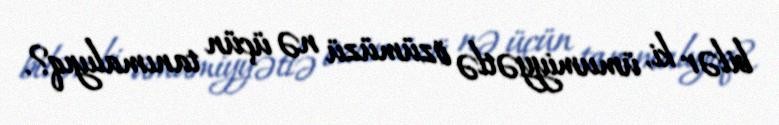
bilər ki, ümumiyyətlə özümüzü nə üçün tanımalıyıq?.